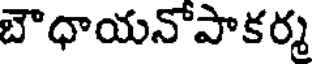
బౌధాయనోపాకర్మ